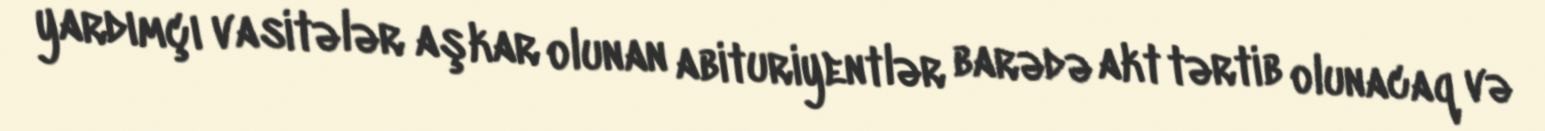
yardımçı vasitələr aşkar olunan abituriyentlər barədə akt tərtib olunacaq və